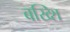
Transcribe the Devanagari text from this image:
बख्शि